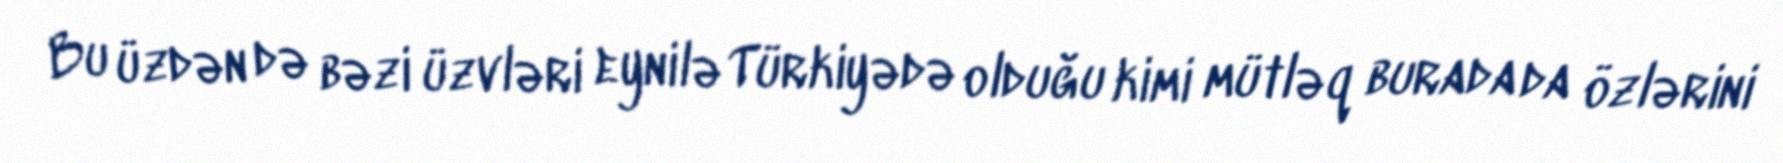
Bu üzdən də bəzi üzvləri eynilə Türkiyədə olduğu kimi mütləq burada da özlərini